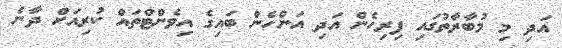
އަދި މި މުބާރާތުގައި ފިރިހެން އަދި އަންހެން ބައިގެ އިވެންޓްތައް ކުރިއަށް ދާނެ